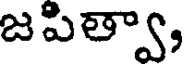
జపిత్వా,